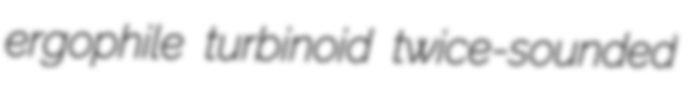
ergophile turbinoid twice-sounded